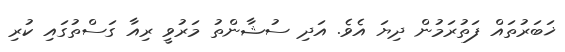
ޚަބަރުތައް ފަތުރަމުން ދިޔަ އެވެ. އަދި ސުޝާންތު މަރުވީ ރިއާ ގަސްތުގައި ކުރި